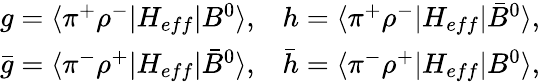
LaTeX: \begin{array}{ll}{{g=\langle\pi^{+}\rho^{-}|H_{eff}|B^{0}\rangle,}}&{{h=\langle\pi^{+}\rho^{-}|H_{eff}|\bar{B}^{0}\rangle,}}\\ {{\bar{g}=\langle\pi^{-}\rho^{+}|H_{eff}|\bar{B}^{0}\rangle,}}&{{\bar{h}=\langle\pi^{-}\rho^{+}|H_{eff}|B^{0}\rangle,}}\end{array}